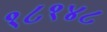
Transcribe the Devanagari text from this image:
१८१४८